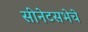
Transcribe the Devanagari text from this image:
सीनेटसभेचे